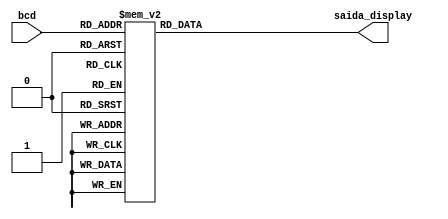
module Display4 (
	input [3:0] bcd,
	output reg [6:0] saida_display 
);



	always @(*) begin
		case (bcd)
			4'b0000 : saida_display = 7'b1000000;
			4'b0001 : saida_display = 7'b1111001;
			4'b0010 : saida_display = 7'b0100100;
			4'b0011 : saida_display = 7'b0110000;
			4'b0100 : saida_display = 7'b0011001;
			4'b0101 : saida_display = 7'b0010010;
			4'b0110 : saida_display = 7'b0000010;
			4'b0111 : saida_display = 7'b1111000;
			4'b1000 : saida_display = 7'b0000000;
			4'b1001 : saida_display = 7'b0011000;
		default : saida_display = 7'b1111111;
		endcase
	end
endmodule